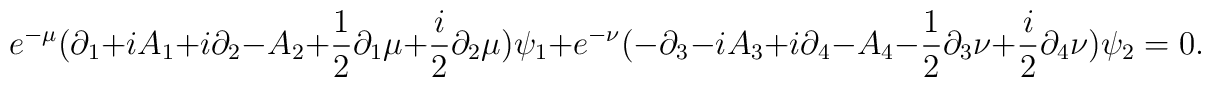
e^{-\mu}(\partial_{1}+iA_{1}+i\partial_{2}-A_{2}+{1 \over  2}\partial_{1}\mu +{i  \over 2}\partial_{2}\mu)\psi_{1}+e^{-\nu}(-\partial_{3}-iA_{3}+i\partial_{4}-A_{4}-{1 \over  2} \partial_{3}\nu + {i  \over 2}\partial_{4}\nu)\psi_{2}=0.